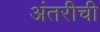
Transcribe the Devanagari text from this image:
अंतरीची